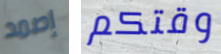
إصمد وقتكم